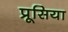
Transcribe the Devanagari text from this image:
प्रूसिया